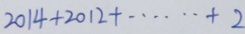
2 0 1 4 + 2 0 1 2 + \cdots + 2